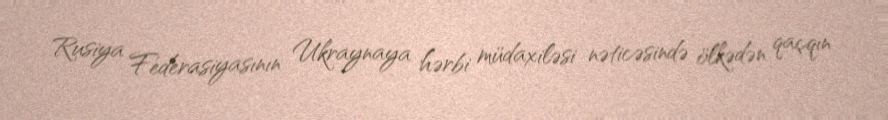
Rusiya Federasiyasının Ukraynaya hərbi müdaxiləsi nəticəsində ölkədən qaçqın